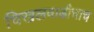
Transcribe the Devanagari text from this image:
चिखलवाडीचाच